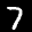
Label: 7